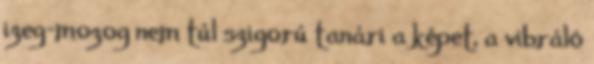
izeg-mozog nem túl szigorú tanári a képet, a vibráló